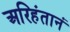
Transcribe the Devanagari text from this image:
अरिहंतानं